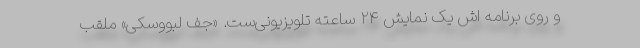
و روی برنامه اش یک نمایش ۲۴ ساعته تلویزیونی‌ست. «جف لبووسکی» ملقب